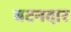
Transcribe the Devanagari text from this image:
बटनदार